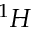
^ 1 H